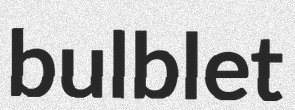
bulblet